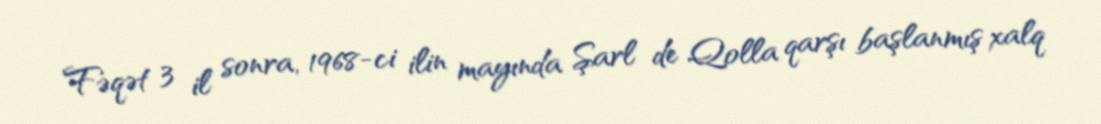
Fəqət 3 il sonra, 1968-ci ilin mayında Şarl de Qolla qarşı başlanmış xalq